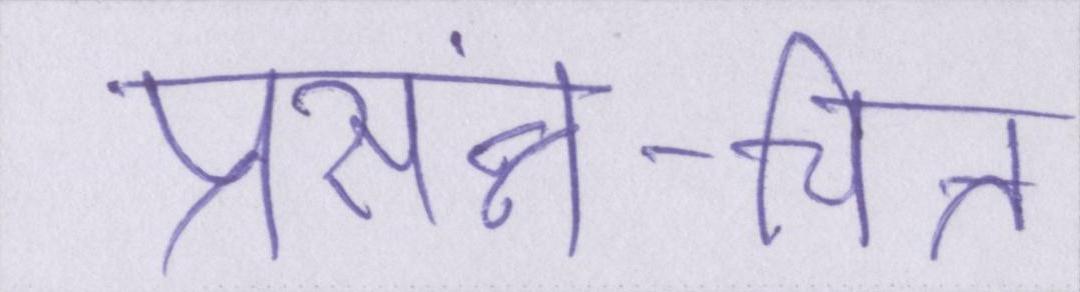
प्रसंन्न-चित्त